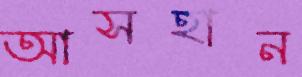
আসহান